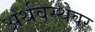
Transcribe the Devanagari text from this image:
अर्थवस्थेवर